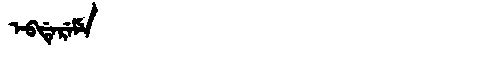
Manchu: ᡝᠪᡩᡝᡵᡝᠮᡝ
Romanization: EBDEREME